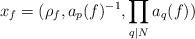
LaTeX: \begin{align*}x_f=(\rho_f, a_p(f)^{-1}, \prod_{q | N} a_q(f))\end{align*}